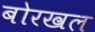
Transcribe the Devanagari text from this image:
बोरखल